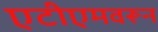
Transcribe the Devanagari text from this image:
एटीएमवरून